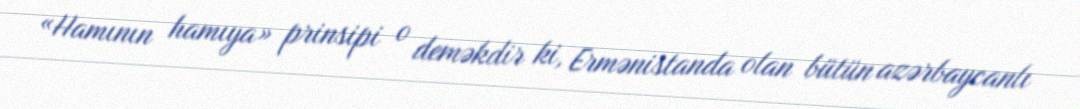
«Hamının hamıya» prinsipi o deməkdir ki, Ermənistanda olan bütün azərbaycanlı